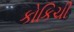
કોકિચી